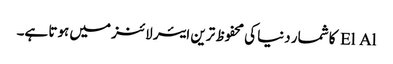
El Al کا شمار دنیا کی محفوظ ترین ایئر لائنز میں ہوتا ہے۔